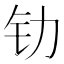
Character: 𰽖